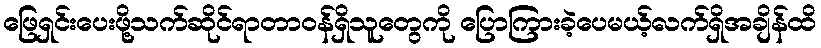
ဖြေရှင်းပေးဖို့သက်ဆိုင်ရာတာဝန်ရှိသူတွေကို ပြောကြားခဲ့ပေမယ့်လက်ရှိအချိန်ထိ